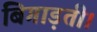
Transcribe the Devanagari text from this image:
बिगाड़ती।